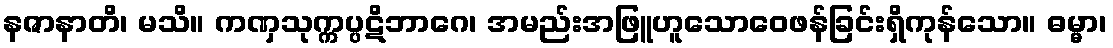
နဇာနာတိ၊ မသိ။ ကဏှသုက္ကပ္ပဋိဘာဂေ၊ အမည်းအဖြူဟူသောဝေဖန်ခြင်းရှိကုန်သော။ ဓမ္မာ၊